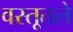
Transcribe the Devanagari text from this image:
वस्तूतले